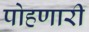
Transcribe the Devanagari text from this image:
पोहणारी